Language: tamil
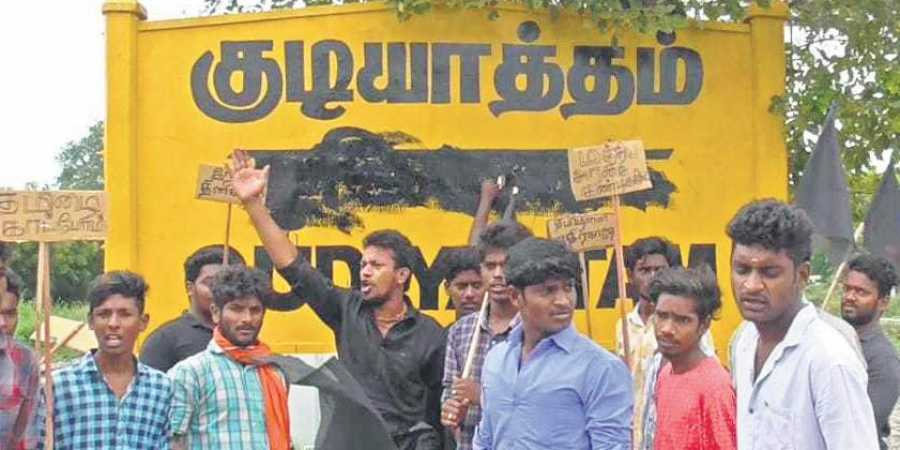
Transcription: குடியாத்தம்